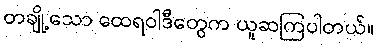
တချို့သော ထေရဝါဒီတွေက ယူဆကြပါတယ်။